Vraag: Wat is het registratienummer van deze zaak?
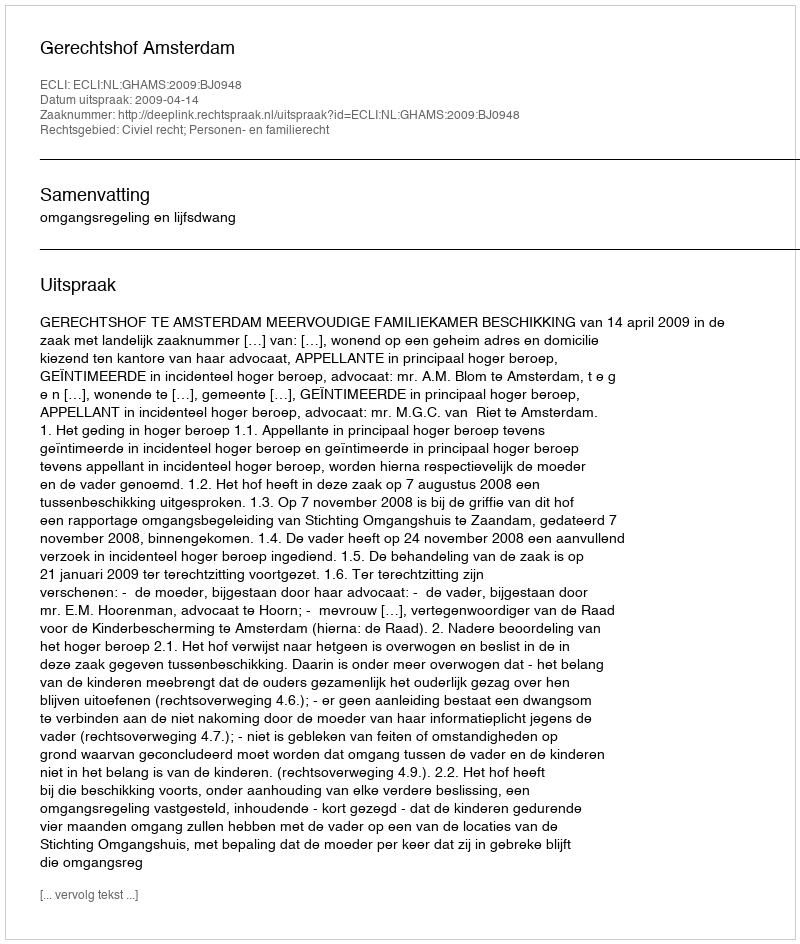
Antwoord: http://deeplink.rechtspraak.nl/uitspraak?id=ECLI:NL:GHAMS:2009:BJ0948